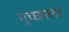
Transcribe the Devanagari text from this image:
गुच्छाला